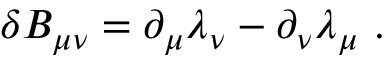
\delta B _ { \mu \nu } = \partial _ { \mu } \lambda _ { \nu } - \partial _ { \nu } \lambda _ { \mu } \ .